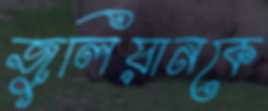
জুলিয়ানকে